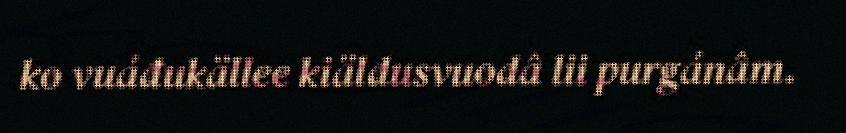
ko vuáđukällee kiäldusvuodâ lii purgánâm.